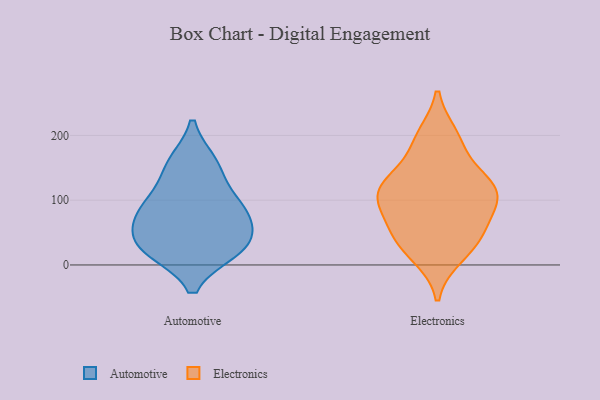
{"axis": {"x": "Satisfaction Score", "y": "Value"}, "legend": ["Automotive", "Electronics"], "data": [{"x": "", "y": 82, "type": "Automotive"}, {"x": "", "y": 157, "type": "Automotive"}, {"x": "", "y": 86, "type": "Automotive"}, {"x": "", "y": 70, "type": "Automotive"}, {"x": "", "y": 99, "type": "Automotive"}, {"x": "", "y": 25, "type": "Automotive"}, {"x": "", "y": 31, "type": "Automotive"}, {"x": "", "y": 151, "type": "Automotive"}, {"x": "", "y": 35, "type": "Automotive"}, {"x": "", "y": 23, "type": "Automotive"}, {"x": "", "y": 112, "type": "Electronics"}, {"x": "", "y": 36, "type": "Electronics"}, {"x": "", "y": 15, "type": "Electronics"}, {"x": "", "y": 187, "type": "Electronics"}, {"x": "", "y": 198, "type": "Electronics"}, {"x": "", "y": 42, "type": "Electronics"}, {"x": "", "y": 114, "type": "Electronics"}, {"x": "", "y": 81, "type": "Electronics"}, {"x": "", "y": 62, "type": "Electronics"}, {"x": "", "y": 119, "type": "Electronics"}, {"x": "", "y": 131, "type": "Electronics"}, {"x": "", "y": 112, "type": "Electronics"}]}